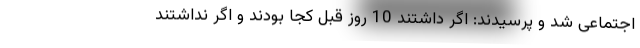
اجتماعی شد و پرسیدند: اگر داشتند 10 روز قبل کجا بودند و اگر نداشتند